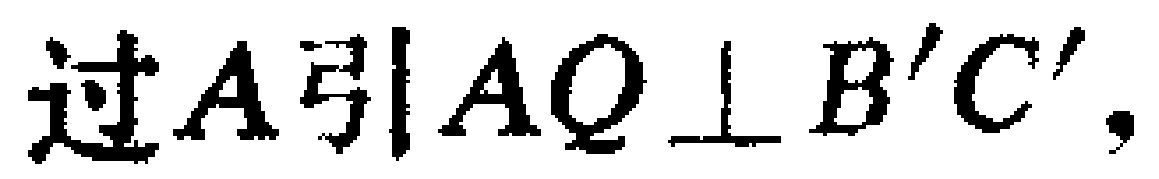
过\(A\)引\(AQ\perp B^{\prime}C^{\prime}\)，